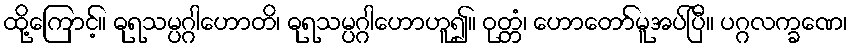
ထို့ကြောင့်။ ဓုရသမ္ပဂ္ဂါဟောတိ၊ ဓုရသမ္ပဂ္ဂါဟောဟူ၍။ ဝုတ္တံ၊ ဟောတော်မူအပ်ပြီ။ ပဂ္ဂလက္ခဏေ၊